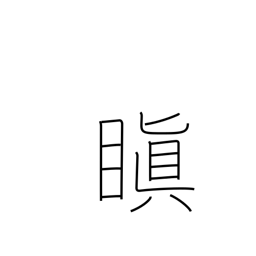
Meaning: be angry